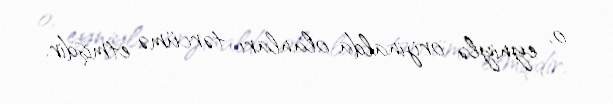
o, eyniylə orijinalda olanları tərcümə etmişdir.